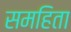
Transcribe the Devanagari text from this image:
समहिता